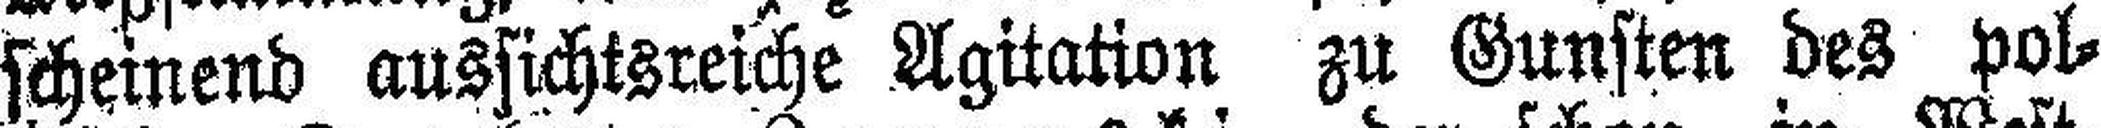
scheinend aussichtsreiche Agitation zu Gunsten des pol¬